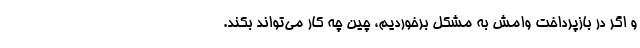
و اگر در بازپرداخت وامش به مشکل برخوردیم، چین چه کار می‌تواند بکند.